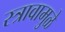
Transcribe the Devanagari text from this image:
स्त्रावामुळे